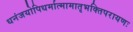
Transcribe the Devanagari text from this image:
धनंजयोपिधर्मात्मामातृभक्तिपरायणः